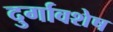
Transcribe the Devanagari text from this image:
दुर्गावशेष